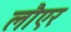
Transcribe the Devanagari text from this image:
लौएर